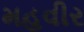
મહવીર